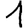
Digit: 1